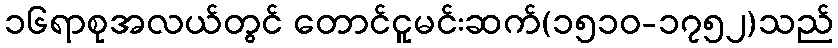
၁၆ရာစုအလယ်တွင် တောင်ငူမင်းဆက်(၁၅၁၀-၁၇၅၂)သည်